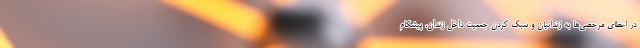
در اعطای مرخصی‌ها به زندانیان و سبک کردن جمعیت داخل زندان، پیشگام